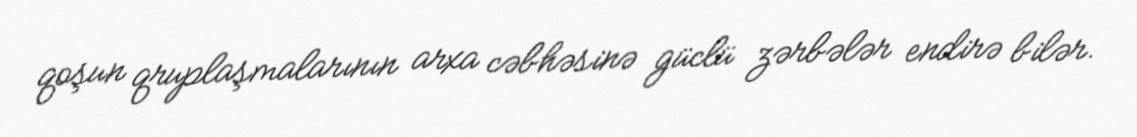
qoşun qruplaşmalarının arxa cəbhəsinə güclü zərbələr endirə bilər.